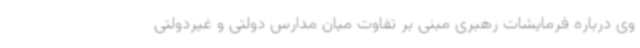
وی درباره فرمایشات رهبری مبنی بر تفاوت میان مدارس دولتی و غیردولتی